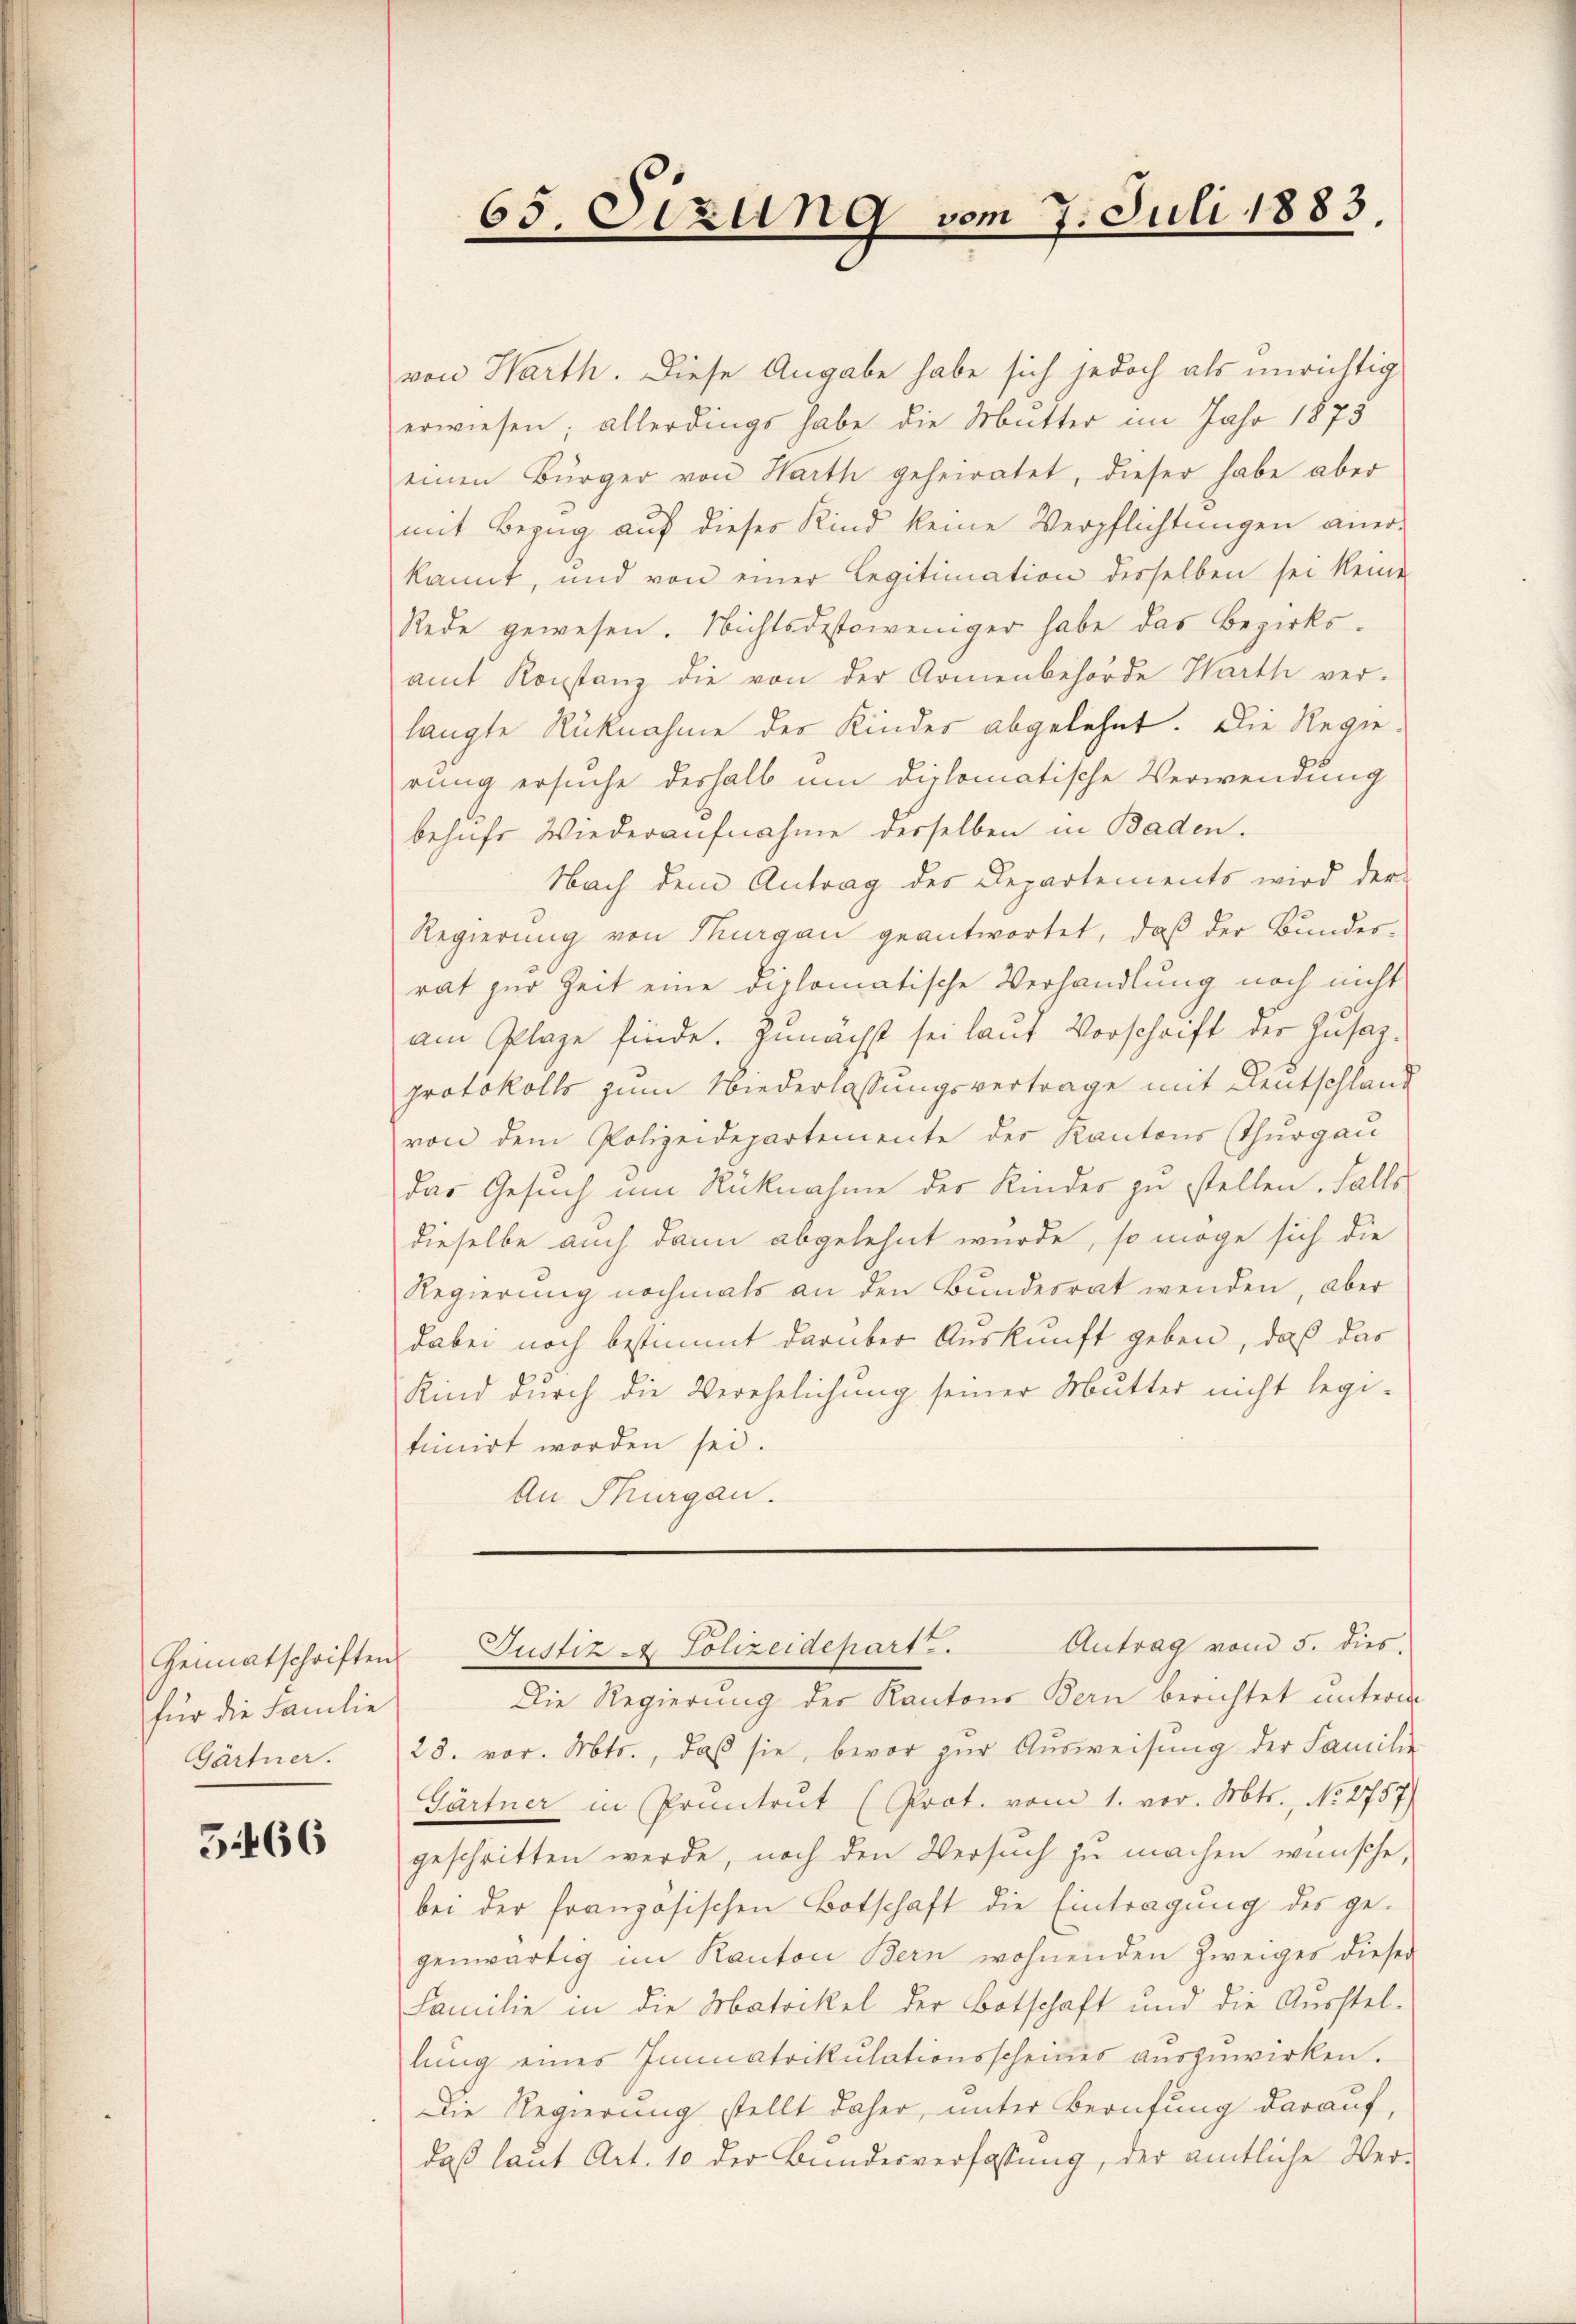
für die Familie
Gärtner.

51466

1883.
65. Sizung vom 7. Juli

von Harth. Diese Angabe habe sich jedoch als unrichtig
erwiesen; allerdings habe die Mutter im Jahr 1873
einen Bürger von Harth geheiratet, dieser habe aber
mit Bezug auf dieser Kind keine Verpflichtungen aner-
kannt, und von einer Legitimation desselben sei keine
Rede gewesen. Nichtsdestoweniger habe das Bezirksamt Konstanz die von der Armenbehörde Harth ver-
langte Rücknahme der Kinder abgelehnt. Die Regierung ersuche deshalb um diplomatische Verwendung
behufs Wiederaufnahme derselben in Baden.
Nach dem Antrag des Departements wird der-
Regierung von Thurgau geantwortet, daß der Bundesrat zur Zeit eine diplomatische Verhandlung noch nicht
am Plaze finde, zunächst sei laut Vorschrift der Zusazprotokolls zum Niederlassungsvertrage mit Deutschland
von dem Polizeidepartemente des Kantons (Thurgau
das Gesuch um Rücknahme des Kinder zu stellen. Falls
dieselbe auch dann abgelehnt wurde, so möge sich die
Regierung nochmals an den Bundesrat wenden, aber
dabei noch bestimmt darüber Auskunft geben, daß das
Kind durch die Verehelichung seiner Mutter nicht legi-
tinirt worden sei.
An Thurgau.
Antrag vom 5. dies
Heimatschriften Justiz & Polizeidepart.
Die Regierung des Kantons Bern berichtet unterm
23. vor. Mts., daß sie, bevor zur Ausweisung der Familie
Gärtner in Pruntrut (Prot. vom 1. vor. Mts., No. 2757.
geschritten werde, noch den Versuch zu machen wünsche,
bei der französischen Botschaft die Eintragung des ge-
genwärtig im Kanton Bern wohnenden Zweiges dieser
Familie in die Matrikel der Botschaft und die Aŭsstel-
lung eines Immatrikulationsscheines auszuwirken.
Die Regierung stellt daher, unter Berufung darauf,
daß laut Art. 10 der Bundesverfassung, der amtliche Ver-